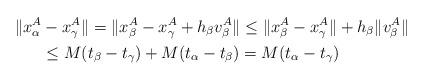
LaTeX: \begin{align*}\|x_\alpha^A& - x_\gamma^A\| = \|x_\beta^A-x_\gamma^A+h_\beta v_\beta^A \|\le \|x_\beta^A-x_\gamma^A\| +h_\beta\| v_\beta^A \| \\&\le M(t_\beta-t_\gamma)+M(t_\alpha-t_\beta)=M(t_\alpha-t_\gamma)\end{align*}